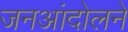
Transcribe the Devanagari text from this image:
जनआंदोलने